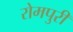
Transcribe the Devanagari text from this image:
रोमपुरी